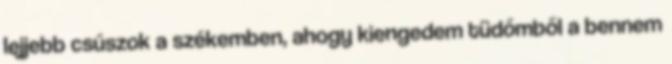
lejjebb csúszok a székemben, ahogy kiengedem tüdőmből a bennem